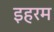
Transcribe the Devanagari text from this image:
इहरम